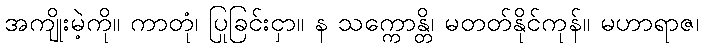
အကျိုးမဲ့ကို။ ကာတုံ၊ ပြုခြင်းငှာ။ န သက္ကောန္တိ၊ မတတ်နိုင်ကုန်။ မဟာရာဇ၊